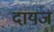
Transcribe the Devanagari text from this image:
दायज